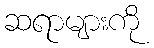
ဆရာများကို